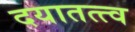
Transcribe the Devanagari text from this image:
दयातत्त्व